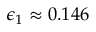
\epsilon _ { 1 } \approx 0 . 1 4 6